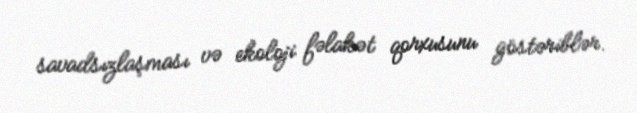
savadsızlaşması və ekoloji fəlakət qorxusunu göstəriblər.